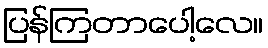
ပြန်ကြတာပေါ့လေ။